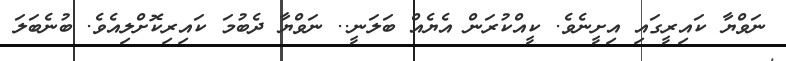
ނަވްޔާ ކައިރީގައި އިށީނެވެ. ކީއްކުރަން އެޔެއް ބަލަނީ.. ނަވްޔާ ދެބުމަ ކައިރިކޮށްލިއެވެ. ބުނެބަލަ